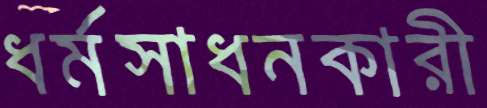
ধর্মসাধনকারী